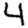
Digit: 4